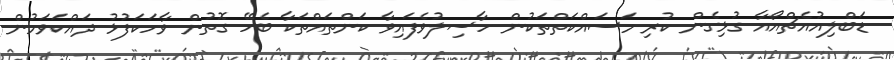
ޑަބްލިއުއެޗްއޯއާ ގުޅިގެން ކުރި މަސައްކަތްތަކުން ހާސިލުވެފައިވާ ކަންތައްތަކާ ބެހޭ ގޮތުން ވާހަކަފުޅު ދައްކަވަމުން